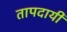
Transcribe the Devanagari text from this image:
तापदायी